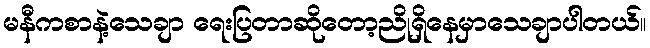
မနီကစာနဲ့သေချာ ရေးပြတာဆိုတော့ညိုရှိနေမှာသေချာပါတယ်။